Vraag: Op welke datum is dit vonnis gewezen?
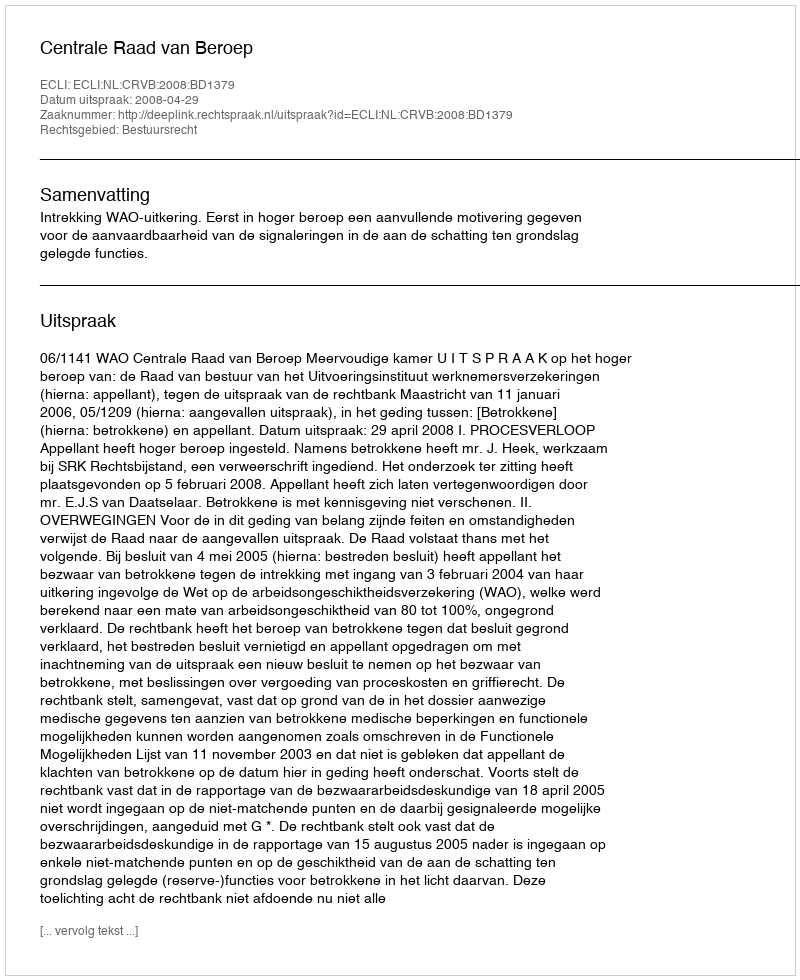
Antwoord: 2008-04-29